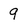
Character: 9